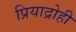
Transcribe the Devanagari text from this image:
प्रियाद्रोही